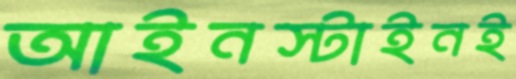
আইনস্টাইনই